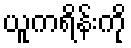
ယူကရိန်းကို